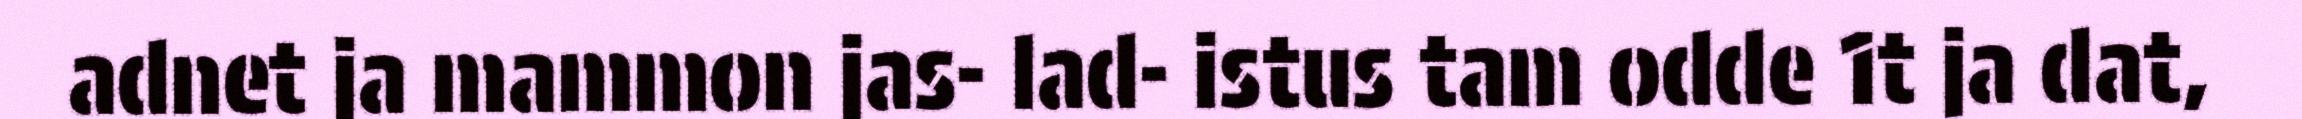
adnet ja mammon jas- lad- istus tam odde 1t ja dat,